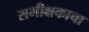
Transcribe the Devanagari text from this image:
समीक्षकाचा